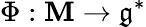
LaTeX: \Phi:\mathbf{M}\to{\mathfrak{{g}}}^{*}